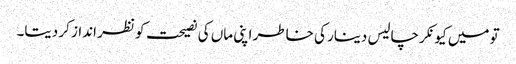
تو میں کیونکر چالیس دینار کی خاطر اپنی ماں کی نصیحت کو نظر انداز کر دیتا۔